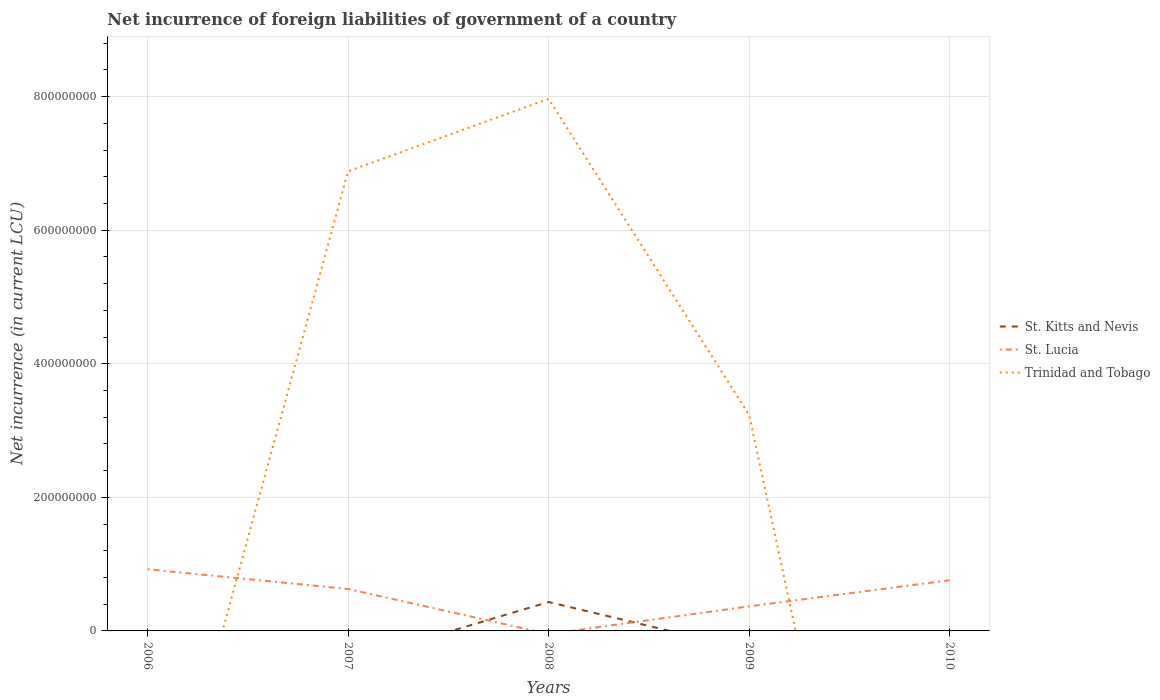
| Years | St. Kitts and Nevis | St. Lucia | Trinidad and Tobago |
 | --- | --- | --- | --- |
 | 2006 | -4.35e+07 | 9.23e+07 | -4.11e+08 |
 | 2007 | -4.6e+07 | 6.28e+07 | 6.88e+08 |
 | 2008 | 4.33e+07 | -4.6e+06 | 7.97e+08 |
 | 2009 | -2.83e+07 | 3.68e+07 | 3.23e+08 |
 | 2010 | -2.63e+07 | 7.59e+07 | -1.07e+09 |